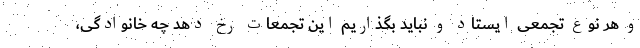
و هر نوع تجمعی ایستاد و نباید بگذاریم این تجمعات رخ دهد چه خانوادگی،